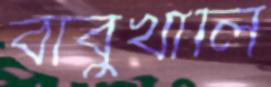
বাবুখালি